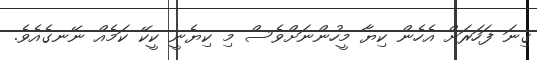
ގިނަ ފަހަރަށް އެހެން ކިޔާ މީހުންނަށްވެސް މި ކިޔެނީ ކީކޭ ކަމެއް ނޭނގެއެވެ.